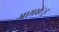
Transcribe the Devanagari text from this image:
आमखंुट